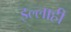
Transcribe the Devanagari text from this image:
इल्लाही